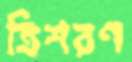
ত্রিশরণ